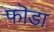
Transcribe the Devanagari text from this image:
फॊडा